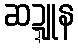
ဆဍ္ဍူန